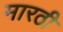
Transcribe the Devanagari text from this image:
मारठी